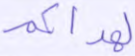
لهداكم